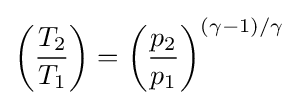
\left({\frac {T_{2}}{T_{1}}}\right)=\left({\frac {p_{2}}{p_{1}}}\right)^{(\gamma -1)/{\gamma }}